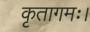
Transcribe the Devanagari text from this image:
कृतागमः।